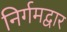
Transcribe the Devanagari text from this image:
निर्गमद्वार